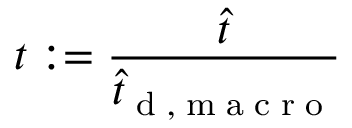
t : = \frac { \hat { t } } { \hat { t } _ { \tiny { \mathrm { ~ d ~ , ~ m ~ a ~ c ~ r ~ o ~ } } } }